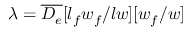
\lambda = \overline { { D _ { e } } } [ { l _ { f } w _ { f } } / { l w } ] [ { w _ { f } } / { w } ]